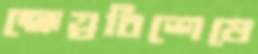
ক্ষেত্রবিশেষে